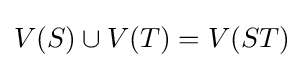
V(S)\cup V(T)=V(ST)